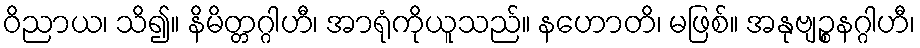
ဝိညာယ၊ သိ၍။ နိမိတ္တဂ္ဂါဟီ၊ အာရုံကိုယူသည်။ နဟောတိ၊ မဖြစ်။ အနုဗျဉ္စနဂ္ဂါဟီ၊